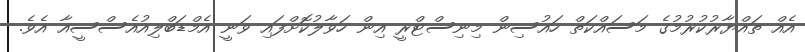
އެއް ތައްޔާރުކުރުމުގެ މަސައްކަތް ހައުސިން މިނިސްޓްރީ އިން ހަވާލުކޮށްފައި ވަނީ އެމްޑަބްލިއުއެސްސީއާ އެވެ.